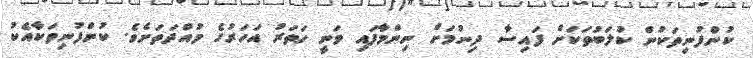
ކުންފުނިތަކުން ކުލަބުތަކަށް ފައިސާ ދިނުމަށް ނިންމާފައި ވަނީ ހަތަރު އަހަރުގެ މުއްދަތަށެެވެ. ކުންފުނިތަކާއެކު